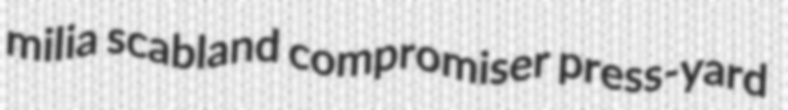
milia scabland compromiser press-yard